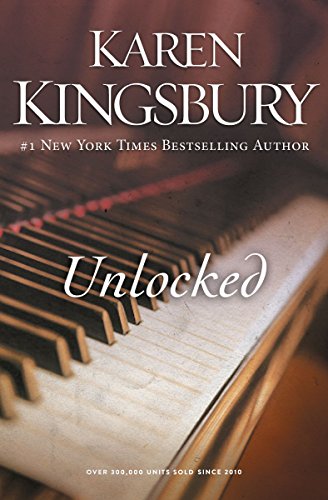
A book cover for Unlocked: A Love Story; Karen Kingsbury; Literature & Fiction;